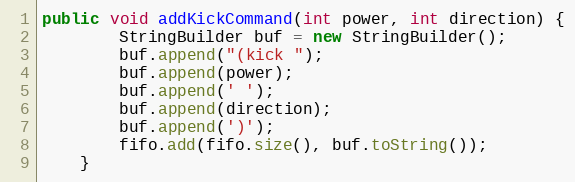
Language: Java
public void addKickCommand(int power, int direction) {
        StringBuilder buf = new StringBuilder();
        buf.append("(kick ");
        buf.append(power);
        buf.append(' ');
        buf.append(direction);
        buf.append(')');
        fifo.add(fifo.size(), buf.toString());
    }